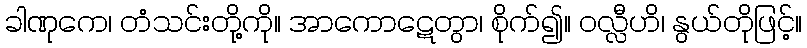
ခါဏုကေ၊ တံသင်းတို့ကို။ အာကောဋေတွာ၊ စိုက်၍။ ဝလ္လီဟိ၊ နွယ်တိုဖြင့်။